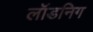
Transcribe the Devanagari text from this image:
लॉडनिग